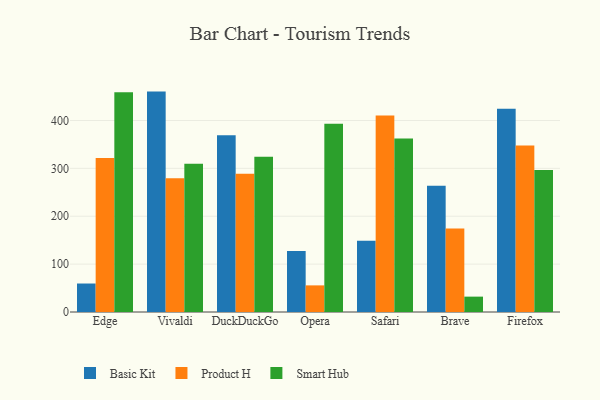
{"axis": {"x": "Browser", "y": "Churn Rate (%)"}, "legend": ["Basic Kit", "Product H", "Smart Hub"], "data": [{"x": "Edge", "y": 59.5, "type": "Basic Kit"}, {"x": "Edge", "y": 321.6, "type": "Product H"}, {"x": "Edge", "y": 459.0, "type": "Smart Hub"}, {"x": "Vivaldi", "y": 460.3, "type": "Basic Kit"}, {"x": "Vivaldi", "y": 279.2, "type": "Product H"}, {"x": "Vivaldi", "y": 309.4, "type": "Smart Hub"}, {"x": "DuckDuckGo", "y": 369.2, "type": "Basic Kit"}, {"x": "DuckDuckGo", "y": 288.9, "type": "Product H"}, {"x": "DuckDuckGo", "y": 324.2, "type": "Smart Hub"}, {"x": "Opera", "y": 127.3, "type": "Basic Kit"}, {"x": "Opera", "y": 55.6, "type": "Product H"}, {"x": "Opera", "y": 393.3, "type": "Smart Hub"}, {"x": "Safari", "y": 148.8, "type": "Basic Kit"}, {"x": "Safari", "y": 410.4, "type": "Product H"}, {"x": "Safari", "y": 362.4, "type": "Smart Hub"}, {"x": "Brave", "y": 263.7, "type": "Basic Kit"}, {"x": "Brave", "y": 174.5, "type": "Product H"}, {"x": "Brave", "y": 32.1, "type": "Smart Hub"}, {"x": "Firefox", "y": 424.4, "type": "Basic Kit"}, {"x": "Firefox", "y": 347.9, "type": "Product H"}, {"x": "Firefox", "y": 296.4, "type": "Smart Hub"}]}